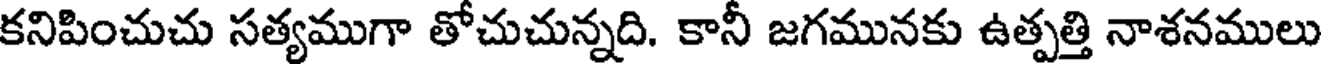
కనిపించుచు సత్యముగా తోచుచున్నది. కానీ జగమునకు ఉత్పత్తి నాశనములు